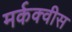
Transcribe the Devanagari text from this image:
मर्कक्वीस